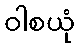
ဝါစယုံ